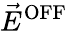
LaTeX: \vec{E}^{\mathrm{{OFF}}}